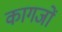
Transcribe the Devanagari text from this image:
कागजाें